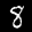
Label: 8